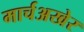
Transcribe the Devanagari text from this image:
मार्चअखेर